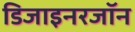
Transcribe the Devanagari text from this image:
डिजाइनरजॉन